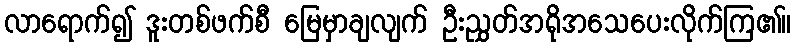
လာရောက်၍ ဒူးတစ်ဖက်စီ မြေမှာချလျက် ဦးညွှတ်အရိုအသေပေးလိုက်ကြ၏။